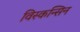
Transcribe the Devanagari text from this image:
विस्कन्सिन